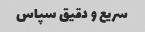
سریع و دقیق سپاس